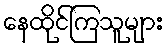
နေထိုင်ကြသူများ